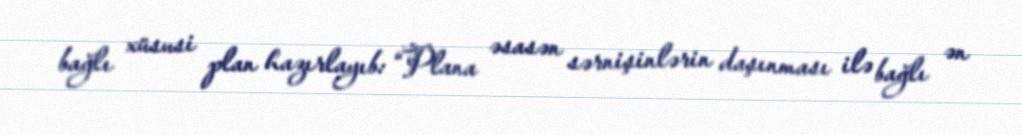
bağlı xüsusi plan hazırlayıb: “Plana əsasən sərnişinlərin daşınması ilə bağlı ən